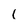
Character: I